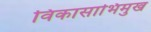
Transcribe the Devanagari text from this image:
विकासाभिमुख